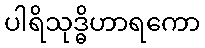
ပါရိသုဒ္ဓိဟာရကော